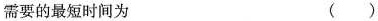
需要的最短时间为 ( )